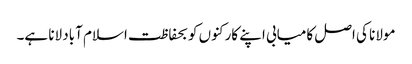
مولانا کی اصل کامیابی اپنے کارکنوں کو بحفاظت اسلام آباد لانا ہے۔